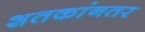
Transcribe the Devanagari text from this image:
शतकांनतर